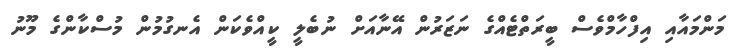
މަންމައާއި އިފްހާމްވެސް ބީރަތްޓެއްގެ ނަޒަރުން އޭނާއަށް ނުބެލީ ކީއްވެކަން އެނގުމުން މުސްކާންގެ މޫނު